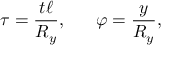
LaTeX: \tau = { \frac { t \ell } { R _ { y } } } , ~ ~ ~ ~ ~ \varphi = { \frac { y } { R _ { y } } } ,